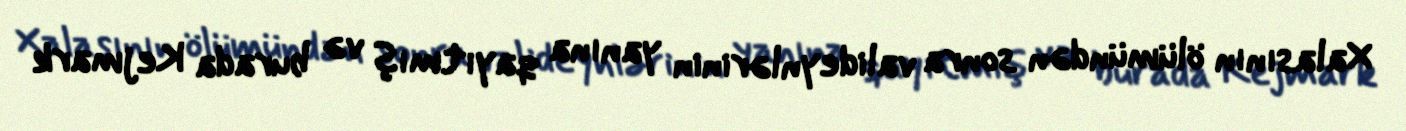
Xalasının ölümündən sonra valideynlərinin yanına qayıtmış və burada Kejmark